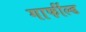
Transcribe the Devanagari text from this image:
गार्फील्ड